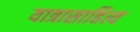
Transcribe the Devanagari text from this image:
यात्रासाहित्य